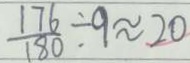
\frac { 1 7 6 } { 1 8 0 } \div 9 \approx 2 0